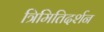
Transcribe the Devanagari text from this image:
त्रिमितिदर्शन